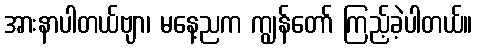
အားနာပါတယ်ဗျာ၊ မနေ့ညက ကျွန်တော် ကြည့်ခဲ့ပါတယ်။